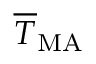
\overline { { T } } _ { \mathrm { M A } }